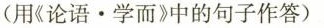
(用《论语·学而》中的句子作答)